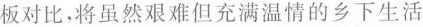
板对比，将虽然艰难但充满温情的乡下生活